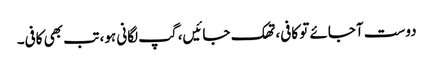
دوست آجائے تو کافی، تھک جائیں، گپ لگانی ہو، تب بھی کافی۔